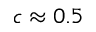
c \approx 0 . 5